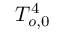
T _ { o , 0 } ^ { 4 }